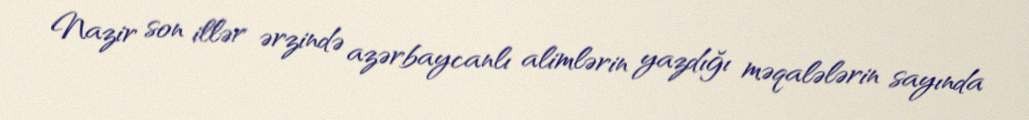
Nazir son illər ərzində azərbaycanlı alimlərin yazdığı məqalələrin sayında